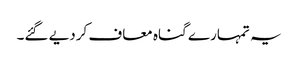
یہ تمہارے گناہ معاف کردیے گئے۔